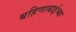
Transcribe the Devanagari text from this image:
बहिणाबाईच्‍या